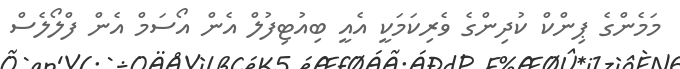
މަމެންގެ ޕިންކް ކުދިންގެ ވެރިކަމަކީ އެއީ ބިއުޓިފުލް އެން އޯސަމް އެން ފްލޯލެސް